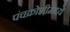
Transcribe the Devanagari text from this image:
पंचक्रोशीमध्ये